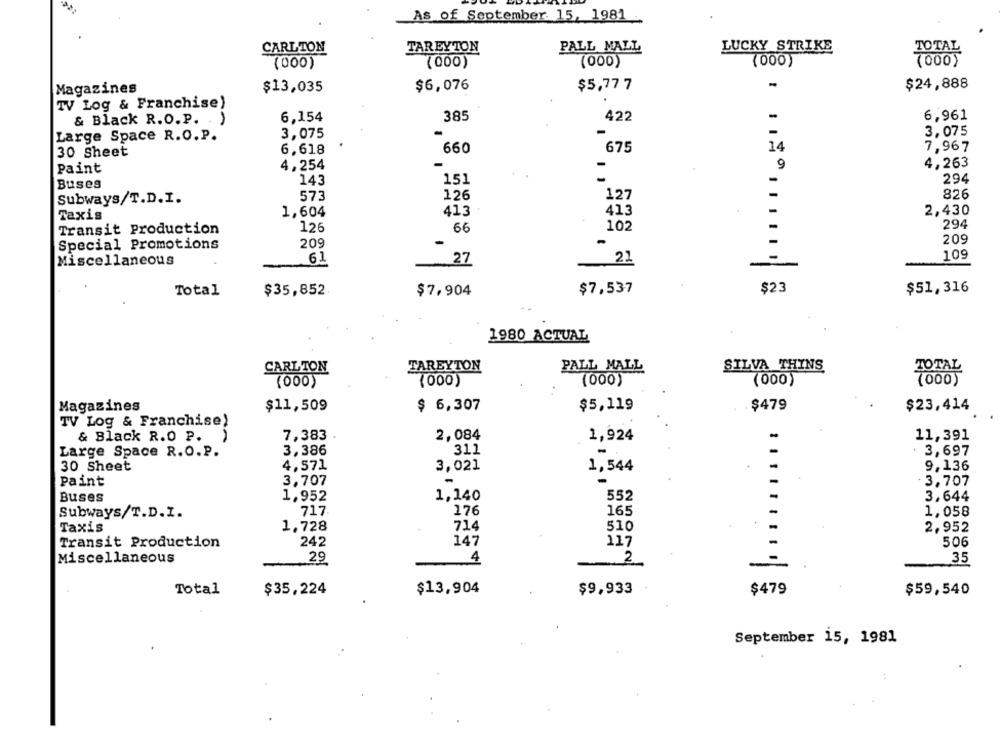
AS of September 15, 1981 -
CARLTON
TAREYTON
PALL MALL
LUCKY STRIKE
(000)
(000)
(000)
(000)
7000
-
Magazines
$13,035
$6,076
$5,77 7
$24,888
TV Log & Franchise)
& Black R.O.P. )
6,154
385
422
6,961
3,075
3,075
Large Space R.O. P.
6.618
660
675
14
7,967
30 Sheet
4,254
-
9
4,263
Paint
143
151
-
294
Buses
126
826
Subways/T.D.I.
573
127
2,430
Taxis
1,604
413
413
294
Transit Production
126
66
102
209
Special Promotions
209
-
109
Miscellaneous
61
27
21
Total
$35,852
$7,904
$7,537
$23
$51,316
1980 ACTUAL
TAREYTON
PALL MALL
SILVA THINS
CARLTON
(000)
(000)
(000)
(000)
Magazines
$11,509
$ 6,307
$5,119
. $479
$23,414
TV Log & Franchise)
7,383 .
2,084
& Black R.O P.
1,924
11,391
3,386
311
Large Space R.O.P.
3,697
4,571
3,021
30 Sheet
1,544
9,136
3,707
Paint
3,707
1,140
Buses
1,952
552
3,644
176
165
Subways/T.D.I.
717
1,058
714
Taxis
1,728
510
2,952
147
Transit Production
242
117
506
Miscellaneous
29
4
2
35
Total
$35,224
$13,904
$9,933
$479
$59,540
September 15, 1981